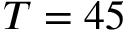
T = 4 5